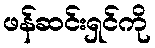
ဖန်ဆင်းရှင်ကို